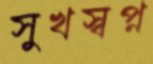
সুখস্বপ্ন